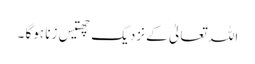
اللہ تعالیٰ کے نزدیک چھتیس زنا ہوگا ۔